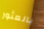
بالعثور